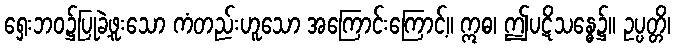
ရှေးဘဝ၌ပြုခဲ့ဖူးသော ကံတည်းဟူသော အကြောင်းကြောင့်။ ဣဓ၊ ဤပဋိသန္ဓေ၌။ ဥပ္ပတ္တိ၊